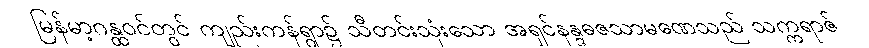
မြန်မာ့ဂန္ထဝင်တွင် ကျည်းကန်ရွာ၌ သီတင်းသုံးသော အရှင်နန္ဒဓဇသာမဏေသည် သက္ကရာဇ်